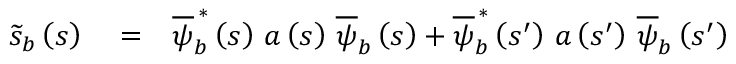
\begin{array} { r l r } { \widetilde { s } _ { b } \left( s \right) } & { { } = } & { \overline { { \psi } } _ { b } ^ { \, \ast } \left( s \right) \, a \left( s \right) \, \overline { { \psi } } _ { b } \left( s \right) + \overline { { \psi } } _ { b } ^ { \, \ast } \left( s ^ { \prime } \right) \, a \left( s ^ { \prime } \right) \, \overline { { \psi } } _ { b } \left( s ^ { \prime } \right) } \end{array}